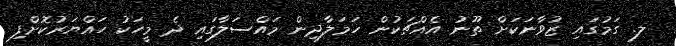
ލ. ގަމުގައި ޒުވާނަކަށް ތޫނު އެއްޗަކުން ހަމަލާދިން މައްސަލާގައި ދެ މީހަކު ހައްޔަރުކޮށްފި